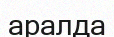
аралда